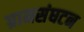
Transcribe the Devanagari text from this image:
ग्रामसंघटन